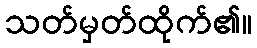
သတ်မှတ်ထိုက်၏။